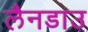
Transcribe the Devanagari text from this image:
लैनडाउ